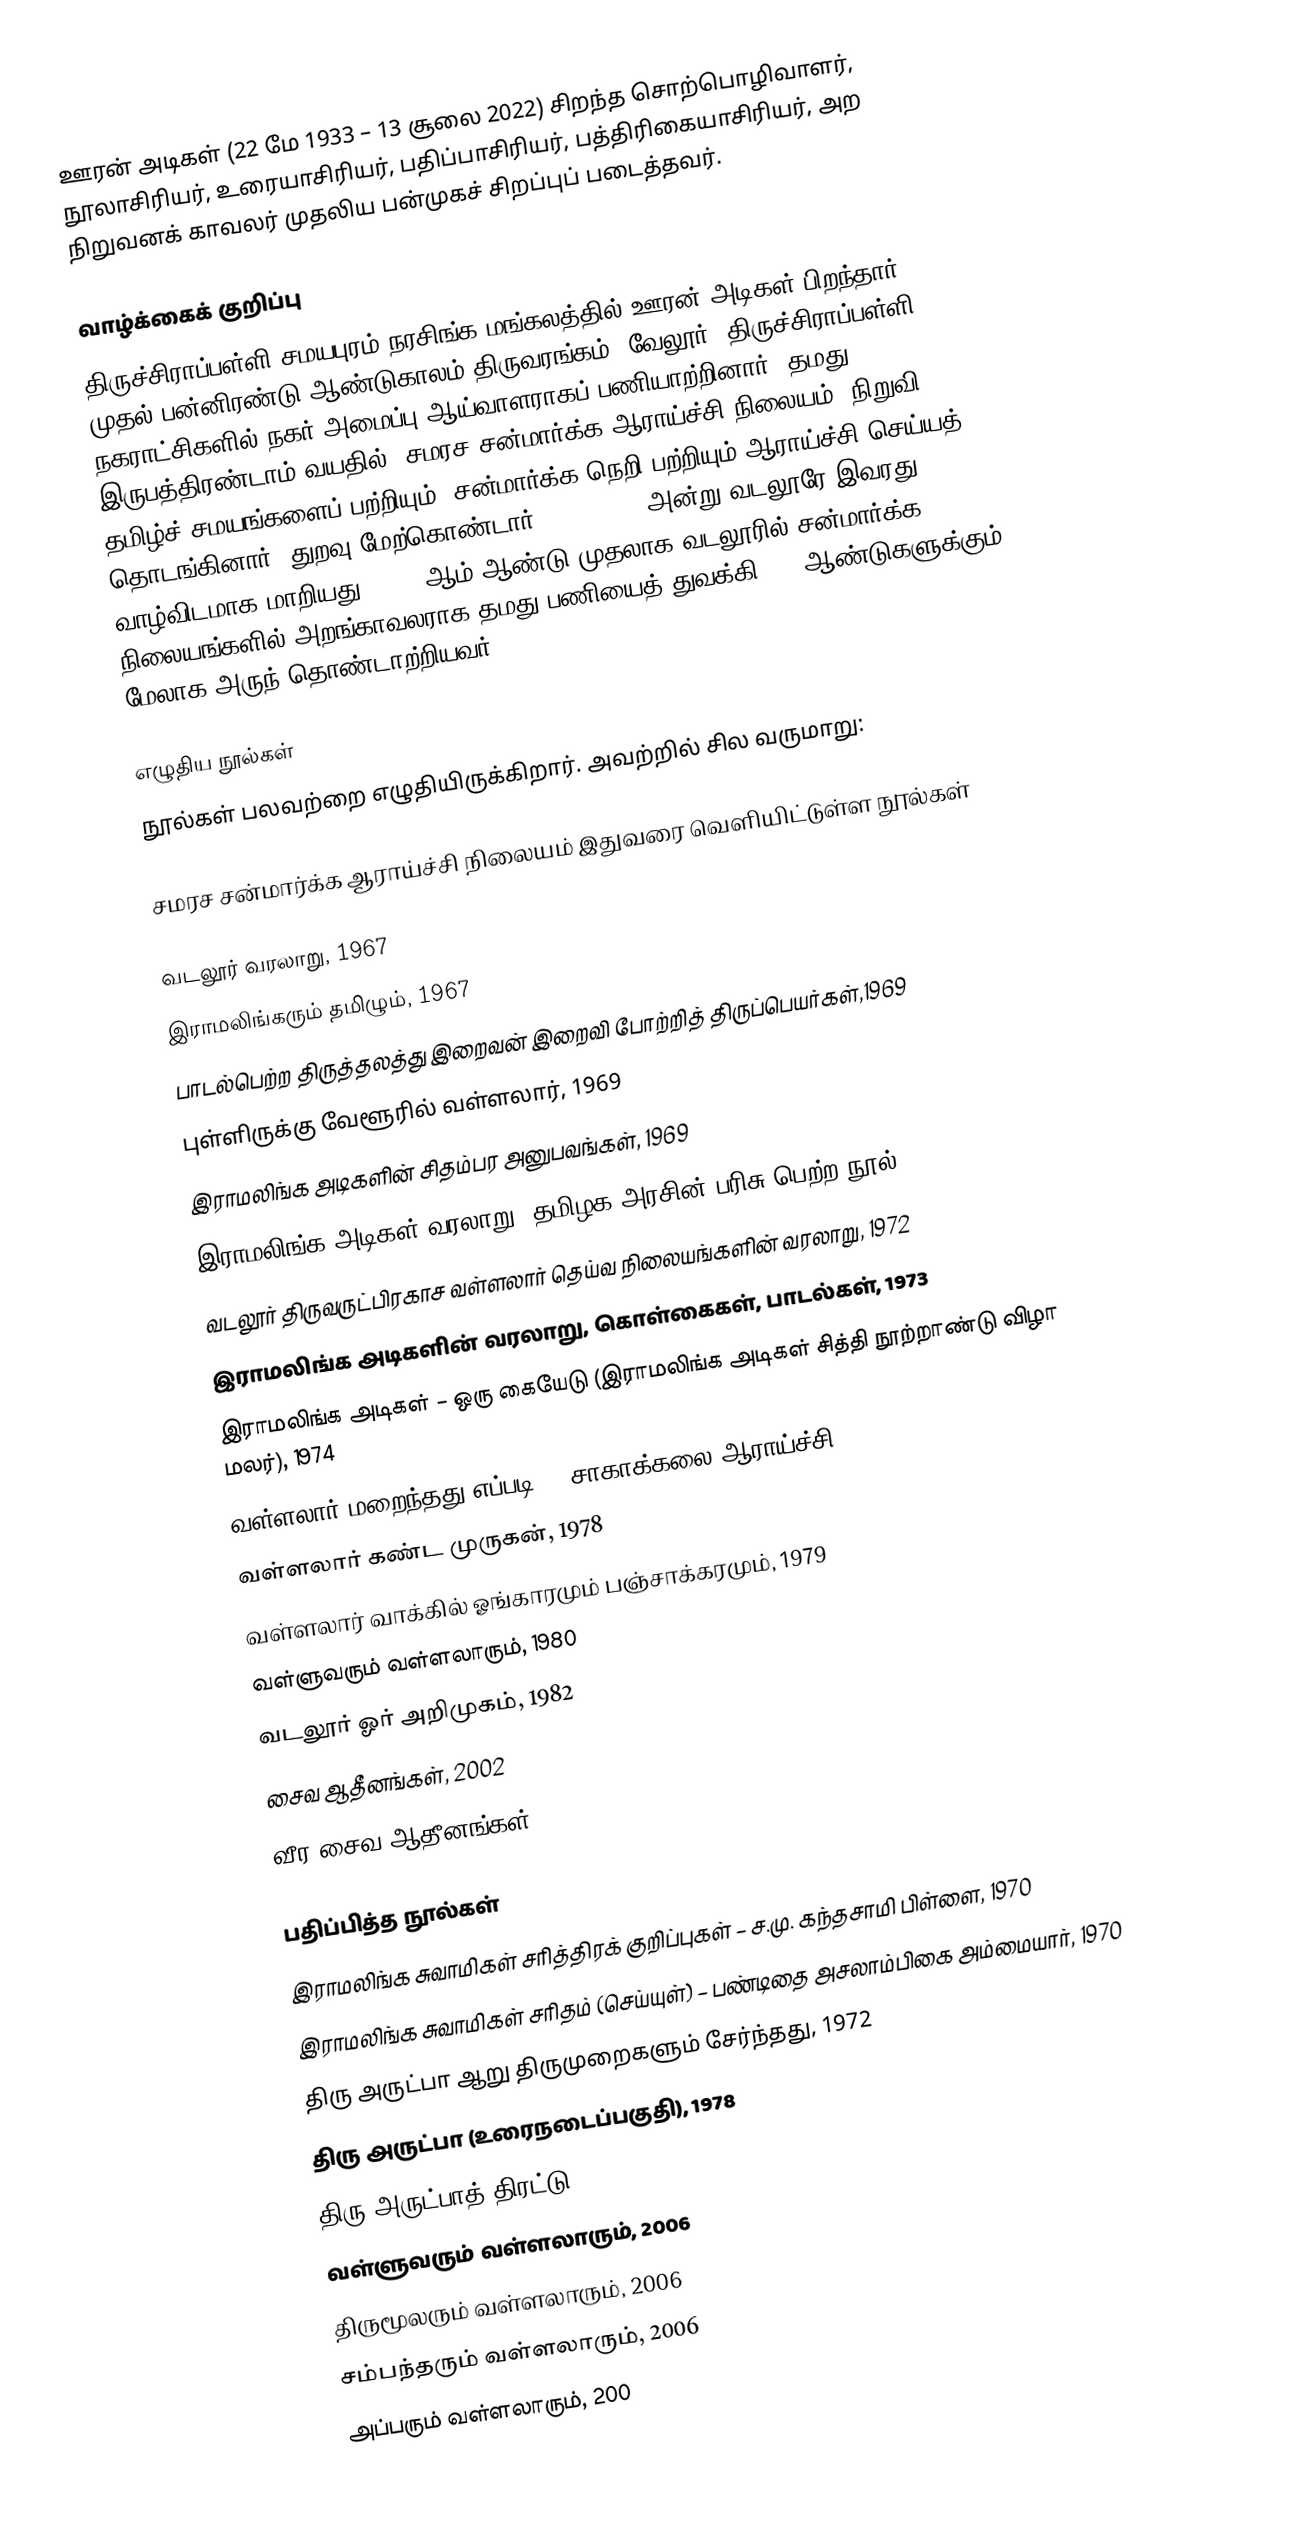
ஊரன் அடிகள் (22 மே 1933 – 13 சூலை 2022) சிறந்த சொற்பொழிவாளர், நூலாசிரியர், உரையாசிரியர், பதிப்பாசிரியர், பத்திரிகையாசிரியர், அற நிறுவனக் காவலர் முதலிய பன்முகச் சிறப்புப் படைத்தவர்.

வாழ்க்கைக் குறிப்பு
திருச்சிராப்பள்ளி சமயபுரம் நரசிங்க மங்கலத்தில் ஊரன் அடிகள் பிறந்தார். 1955 முதல் பன்னிரண்டு ஆண்டுகாலம் திருவரங்கம், வேலூர், திருச்சிராப்பள்ளி நகராட்சிகளில் நகர் அமைப்பு ஆய்வாளராகப் பணியாற்றினார். தமது இருபத்திரண்டாம் வயதில் "சமரச சன்மார்க்க ஆராய்ச்சி நிலையம்" நிறுவி, தமிழ்ச் சமயங்களைப் பற்றியும், சன்மார்க்க நெறி பற்றியும் ஆராய்ச்சி செய்யத் தொடங்கினார். துறவு மேற்கொண்டார். 23.5.1968 அன்று வடலூரே இவரது வாழ்விடமாக மாறியது. 1970 ஆம் ஆண்டு முதலாக வடலூரில் சன்மார்க்க நிலையங்களில் அறங்காவலராக தமது பணியைத் துவக்கி, 25 ஆண்டுகளுக்கும் மேலாக அருந் தொண்டாற்றியவர்.

எழுதிய நூல்கள்
நூல்கள் பலவற்றை எழுதியிருக்கிறார். அவற்றில் சில வருமாறு:

சமரச சன்மார்க்க ஆராய்ச்சி நிலையம் இதுவரை வெளியிட்டுள்ள நூல்கள்

 வடலூர் வரலாறு, 1967
 இராமலிங்கரும் தமிழும், 1967
 பாடல்பெற்ற திருத்தலத்து இறைவன் இறைவி போற்றித் திருப்பெயர்கள்,1969
 புள்ளிருக்கு வேளூரில் வள்ளலார், 1969
 இராமலிங்க அடிகளின் சிதம்பர அனுபவங்கள், 1969
 இராமலிங்க அடிகள் வரலாறு (தமிழக அரசின் பரிசு பெற்ற நூல்), 1971
 வடலூர் திருவருட்பிரகாச வள்ளலார் தெய்வ நிலையங்களின் வரலாறு, 1972
 இராமலிங்க அடிகளின் வரலாறு, கொள்கைகள், பாடல்கள், 1973
 இராமலிங்க அடிகள் – ஒரு கையேடு (இராமலிங்க அடிகள் சித்தி நூற்றாண்டு விழா மலர்), 1974
 வள்ளலார் மறைந்தது எப்படி ? (சாகாக்கலை ஆராய்ச்சி), 1976
 வள்ளலார் கண்ட முருகன், 1978
 வள்ளலார் வாக்கில் ஓங்காரமும் பஞ்சாக்கரமும், 1979
 வள்ளுவரும் வள்ளலாரும், 1980
 வடலூர் ஓர் அறிமுகம், 1982
 சைவ ஆதீனங்கள், 2002
 வீர சைவ ஆதீனங்கள், 2009

பதிப்பித்த நூல்கள்
 இராமலிங்க சுவாமிகள் சரித்திரக் குறிப்புகள் – ச.மு. கந்தசாமி பிள்ளை, 1970
 இராமலிங்க சுவாமிகள் சரிதம் (செய்யுள்) – பண்டிதை அசலாம்பிகை அம்மையார், 1970
 திரு அருட்பா ஆறு திருமுறைகளும் சேர்ந்தது, 1972
 திரு அருட்பா (உரைநடைப்பகுதி), 1978
 திரு அருட்பாத் திரட்டு, 1982
 வள்ளுவரும் வள்ளலாரும், 2006
 திருமூலரும் வள்ளலாரும், 2006
 சம்பந்தரும் வள்ளலாரும், 2006
 அப்பரும் வள்ளலாரும், 200